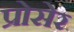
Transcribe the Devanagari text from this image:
प्रोसेर